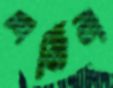
শর্মিলা